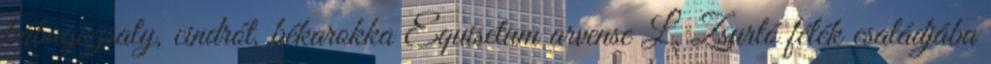
bábaguzsaly, cindrót, békarokka Equisetum arvense L. Zsurló félék családjába